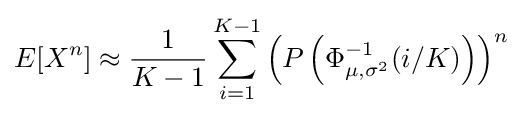
E[X^{n}]\approx {\frac {1}{K-1}}\sum _{i=1}^{K-1}\left(P\left(\Phi _{\mu ,\sigma ^{2}}^{-1}(i/K)\right)\right)^{n}